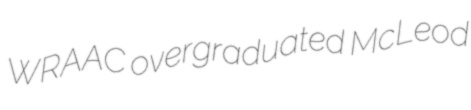
WRAAC overgraduated McLeod